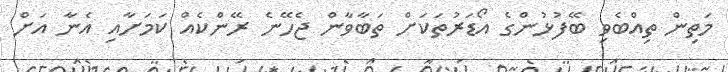
މަތިން ތިއްބެވި ބޭފުޅުންގެ އޯޑަރުތަކަށް ތަބާވާން ޖެހޭނެ ރޭންކެއް ކަމަށާއި އެނާ އަށް